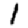
Digit: 1